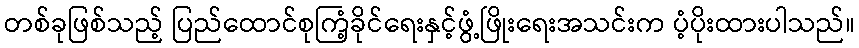
တစ်ခုဖြစ်သည့် ပြည်ထောင်စုကြံ့ခိုင်ရေးနှင့်ဖွံ့ဖြိုးရေးအသင်းက ပံ့ပိုးထားပါသည်။